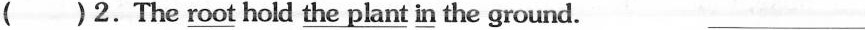
( )2.The \underline{root} hold \underline{the plant in }the ground. ___